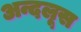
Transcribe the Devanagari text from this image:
अन्दलूस